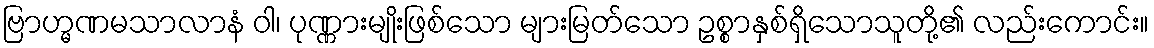
ဗြာဟ္မဏမသာလာနံ ဝါ၊ ပုဏ္ဏားမျိုးဖြစ်သော များမြတ်သော ဥစ္စာနှစ်ရှိသောသူတို့၏ လည်းကောင်း။